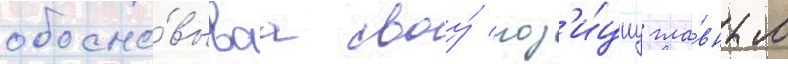
обосно́вываа своу́ поз'и́циу гла́вным